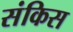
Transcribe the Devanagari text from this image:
संकिस